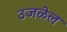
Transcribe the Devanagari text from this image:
उजळेल